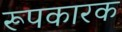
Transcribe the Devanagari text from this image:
रूपकारक